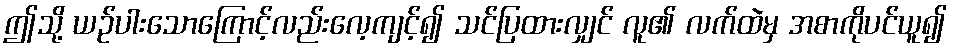
ဤသို့ ယဉ်ပါးသောကြောင့်လည်းလေ့ကျင့်၍ သင်ပြထားလျှင် လူ၏ လက်ထဲမှ အစာကိုပင်ယူ၍